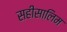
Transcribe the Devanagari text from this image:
सहीसालिम